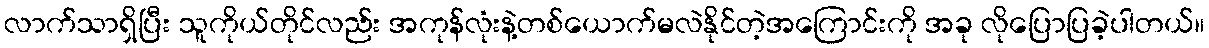
လာက်သာရှိပြီး သူကိုယ်တိုင်လည်း အကုန်လုံးနဲ့တစ်ယောက်မလဲနိုင်တဲ့အကြောင်းကို အခု လိုပြောပြခဲ့ပါတယ်။